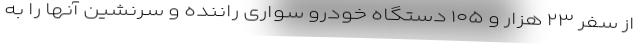
از سفر ۲۳ هزار و ۱۰۵ دستگاه خودرو سواری راننده و سرنشین آنها را به